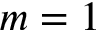
m = 1